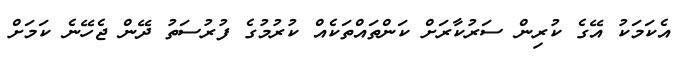
އެކަމަކު އޭގެ ކުރިން ސަރުކާރަށް ކަންތައްތަކެއް ކުރުމުގެ ފުރުސަތު ދޭން ޖެހޭނެ ކަމަށް